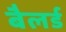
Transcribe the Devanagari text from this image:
बैलर्ड